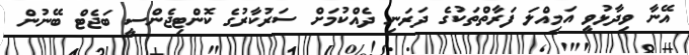
އޭނާ ވިދާޅުވީ އަމިއްލަ ފަރާތްތަކުގެ ދަރަނި ދެއްކުމަށް ސަރުކާރުގެ ކޮންޓިޖެންސީ ބަޖެޓް ބޭނުން